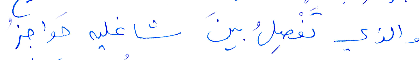
والذي تفصل بين شاغليه حواجز